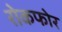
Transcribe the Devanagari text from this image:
रोकफोर